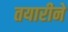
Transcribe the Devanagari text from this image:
तयारीने